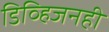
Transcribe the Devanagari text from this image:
डिव्हिजनही